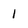
Character: I